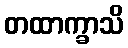
တထာက္ခာသိ